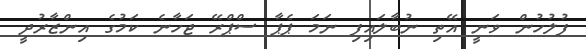
ފުލުހުން ވަނީ އޭތި ނުބާލައިފި ނަމަ ޕެޕާ ސްޕްރޭ ޖަހާނެ ކަމުގެ އިންޒާރުދީ